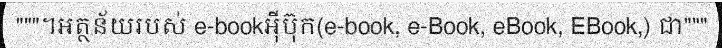
"""។អត្ថន័យរបស់ e-bookអ៊ីប៊ុក(e-book, e-Book, eBook, EBook,) ជា"""